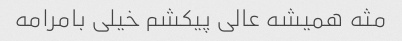
مثه همیشه عالی پیکشم خیلی بامرامه